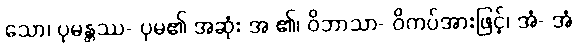
သော၊ ပုမန္တဿ- ပုမ၏ အဆုံး အ ၏၊ ဝိဘာသာ- ဝိကပ်အားဖြင့်၊ အံ- အံ